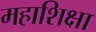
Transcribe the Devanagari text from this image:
महाशिक्षा